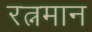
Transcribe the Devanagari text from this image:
रत्नमान